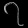
Digit: ၇